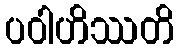
ပဝါဟိဿတိ